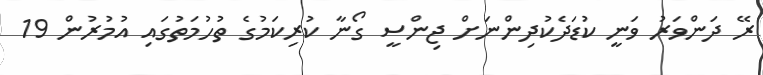
ރޭ ދަންވަރު ވަނީ ކުޑަދެކުދިންނަށް ޖިންސީ ގޯނާ ކުރިކަމުގެ ތުހުމަތުގައި އުމުރުން 19